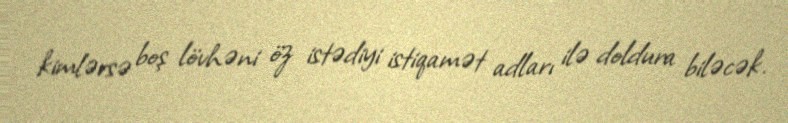
kimlərsə boş lövhəni öz istədiyi istiqamət adları ilə doldura biləcək.